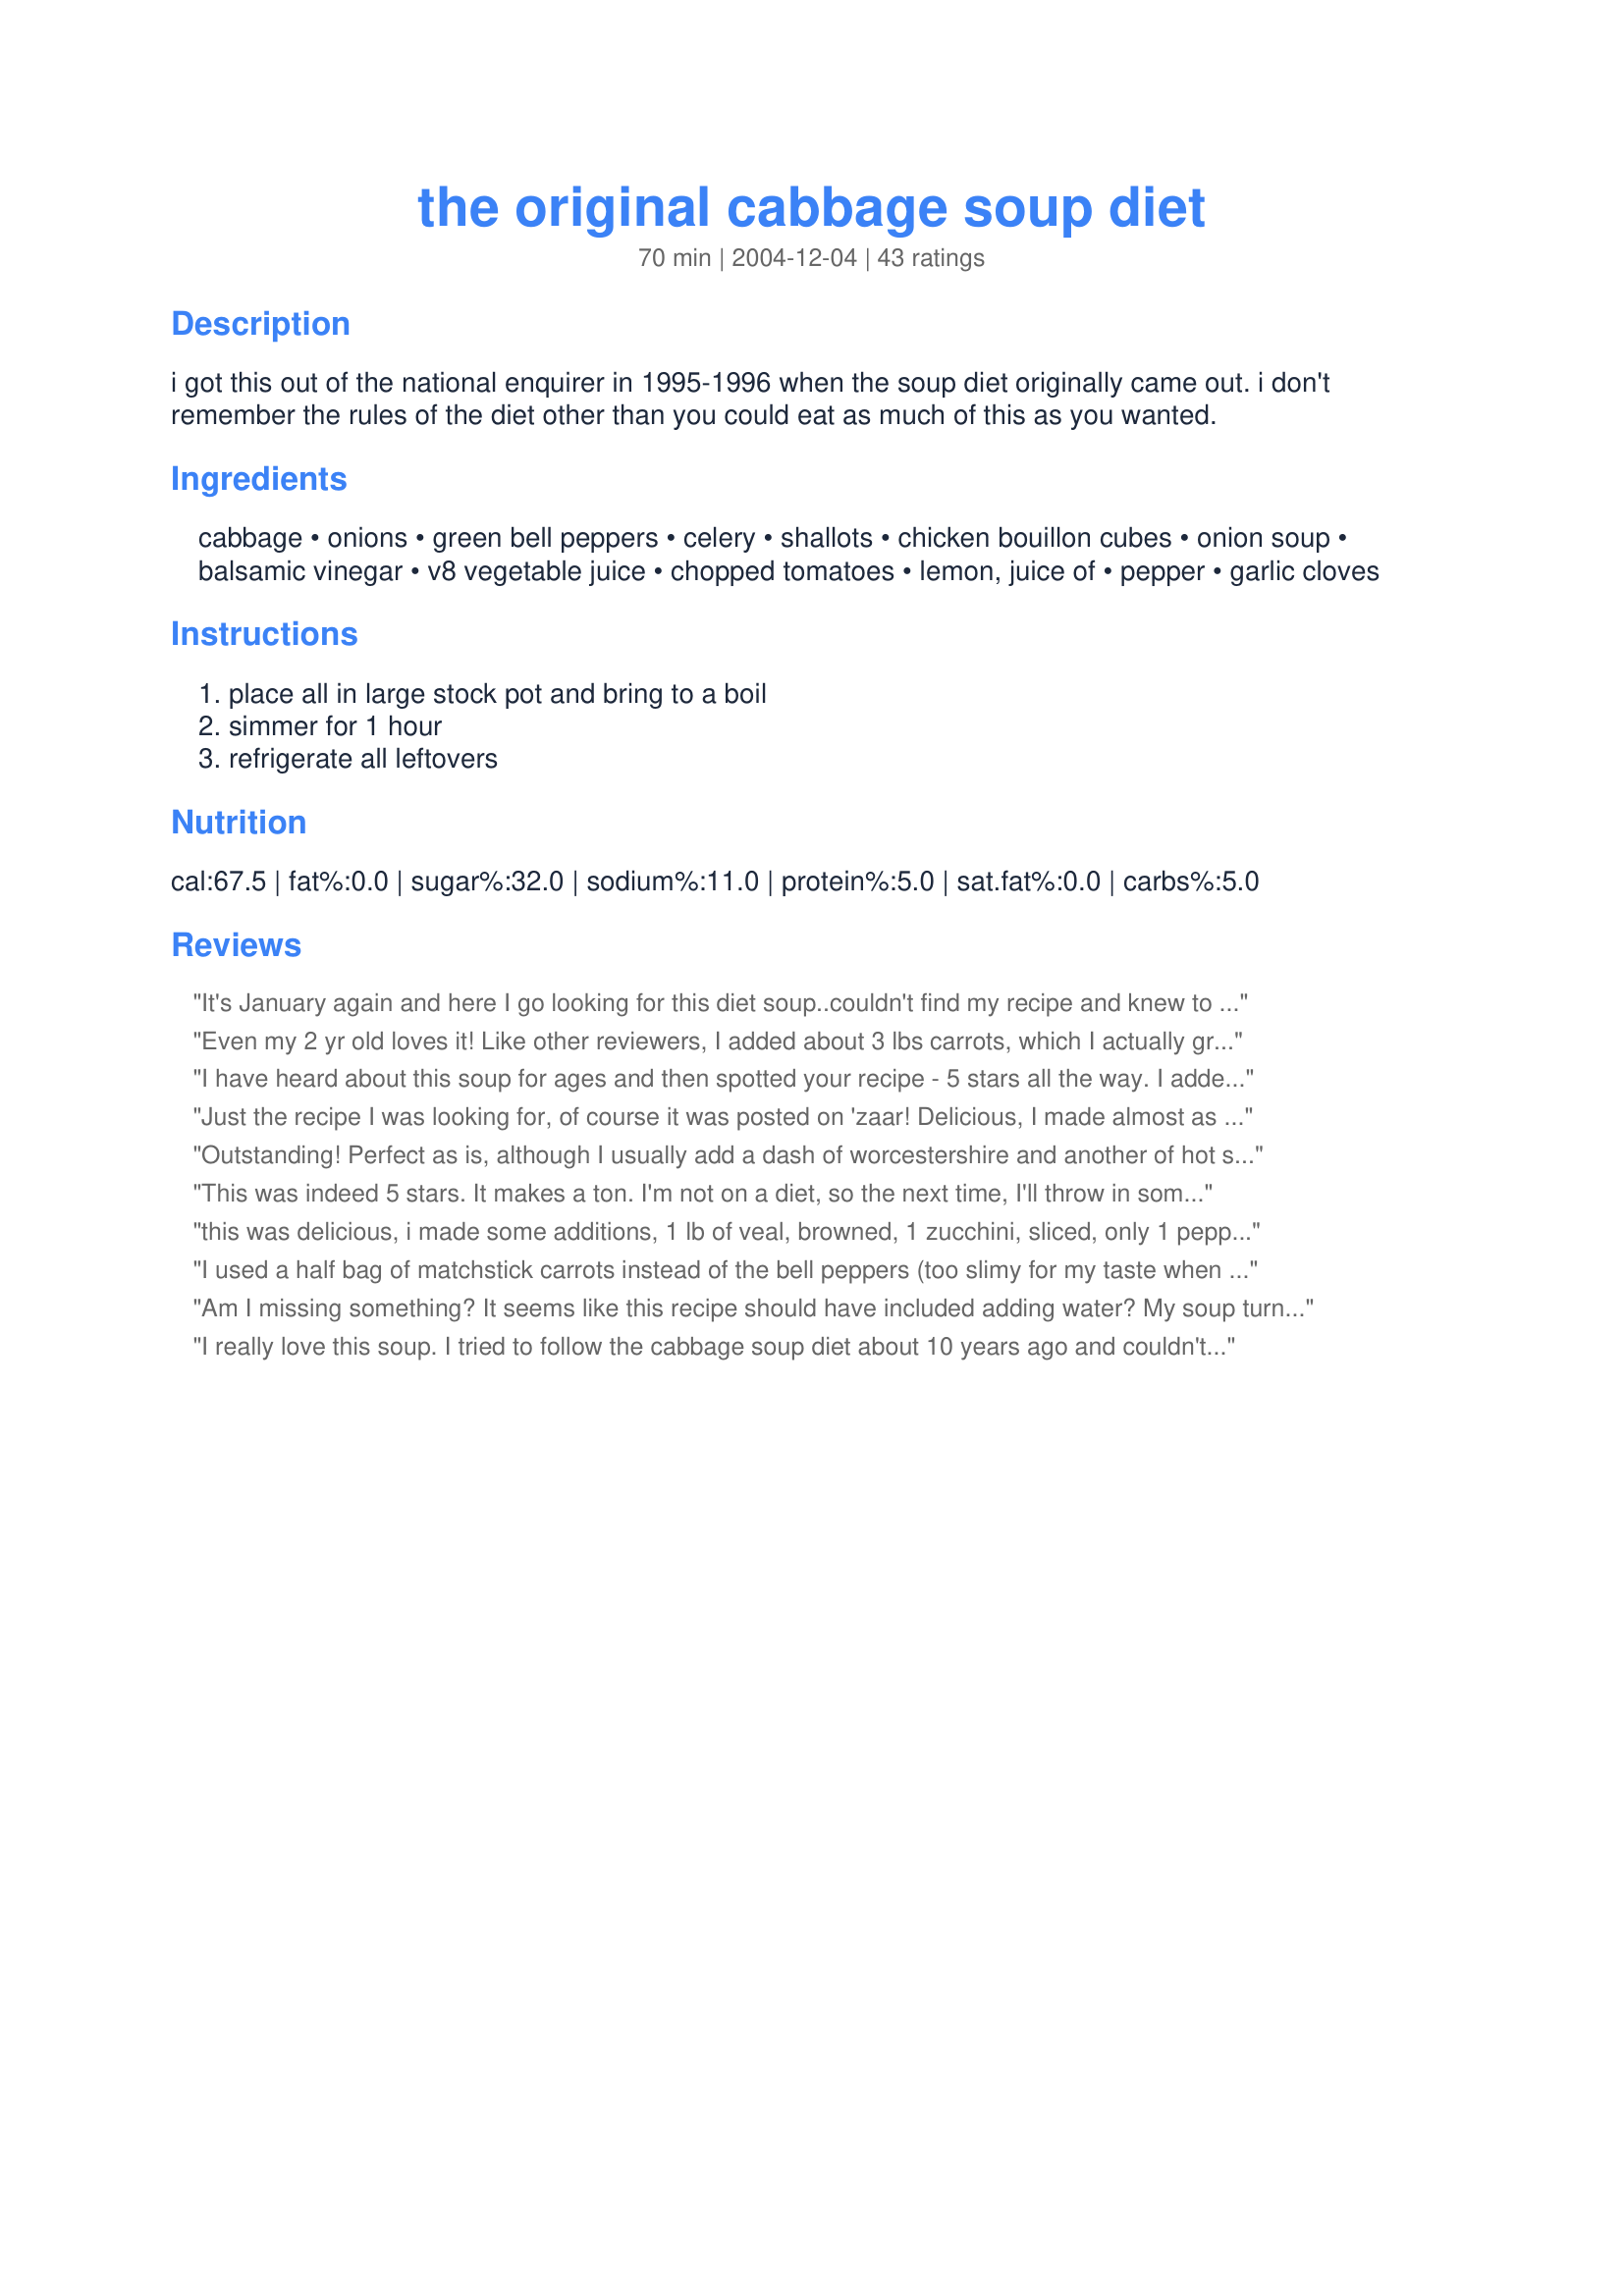
the original cabbage soup diet
Preparation time: 70 minutes

i got this out of the national enquirer in 1995-1996 when the soup diet originally came out. i don't remember the rules of the diet other than you could eat as much of this as you wanted.

Ingredients:
cabbage, onions, green bell peppers, celery, shallots, chicken bouillon cubes, onion soup, balsamic vinegar, v8 vegetable juice, chopped tomatoes, lemon, juice of, pepper, garlic cloves

Steps:
place all in large stock pot and bring to a boil, simmer for 1 hour, refrigerate all leftovers

Reviews:
It's January again and here I go looking for this diet soup..couldn't find my recipe and knew to look here!!! Mine is from the early 60's and much the same as this,the exception being beef bouillon used instead of chicken..I think the balsamic vinegar in this recipe(wish wasn't in mine) would be a great addition to the beef flavor also. Thank so much for posting for safe keeping Spyder-man. BTW you do lose weight on this besides it being so darn good!!!
Even my 2 yr old loves it! Like other reviewers, I added about 3 lbs carrots, which I actually grated to enhance the tomato flavor. Also, this may sound odd, but I added 1 teaspoon of nutmeg and it was delicious! Several tomato based soups my family enjoys call for nutmeg, and I wasn't disappointed when I added it to this one
I have heard about this soup for ages and then spotted your recipe - 5 stars all the way. I added a finely chopped hot pepper. I only made half the recipe and found that it needed 5 cups of water. This is very tasty and on top of that it is healthy Thanks Spyder-man for posting
Just the recipe I was looking for, of course it was posted on 'zaar! Delicious, I made almost as posted, including the balsamic vinegar which was a great addition! I don't have a pot big enough for all these indgredients so I cut it in half. It did not seem to have enough liquid, so I did add water to just about cover the ingredients and it was perfect for the two of us with plenty for leftovers.
Outstanding! Perfect as is, although I usually add a dash of worcestershire and another of hot sauce and puree a serving in my magic bullet so I can drink on the run. I drink it cold...tastes a lot like V8 (duh). I try to keep a batch on hand, not to diet, but because it&#039;s refreshing and sooo good for you! Love this soup!
This was indeed 5 stars. It makes a ton. I'm not on a diet, so the next time, I'll throw in some beef or meat or other unhealthy things too. Maybe I'd throw in a bag of peas or green beans too.
this was delicious, i made some additions, 1 lb of veal, browned, 1 zucchini, sliced, only 1 pepper and 3/4 c brown rice and water- this is a great healthy meal in a mug.i omitted the boullion cubes, it didn't need extra sodium. the balsamic vinegar and juice of 1 lemon gave this great flavor.
I used a half bag of matchstick carrots instead of the bell peppers (too slimy for my taste when cooked) and I did saute the onions with a tablespoon of chili oil. I initially left out the tomatoes and V8 and ate it that way the first day. The second day I added diced tomatoes and V8 along with lots of cayenne to what was left so I had two different soups from it. I found it pretty tasty--much better than I was expecting. Very fast, easy and healthy and used things I typically have on hand so I anticipate I'll make some smaller batches of it in the future.
Am I missing something? It seems like this recipe should have included adding water? My soup turned out more like stew...
I really love this soup. I tried to follow the cabbage soup diet about 10 years ago and couldn't, but I still love the soup. I think that the recipe that I used to have called for a pound of carrots and some green beans. I added them to this recipe. I also followed Bergy's suggestion to add 5 cups of water. It turned out great! It makes a very large batch, but it freezes well. Thanks for finding this recipe for me again. I will be making it often.
I was pleasantly surprised! This is such a great soup, and perfect to suppliment any diet - especially you WW out there! I like spice, so I used Spicy Hot V8, chopped & de-seeded some jalepenos, extra garlic, and then about 12-14 dashes of Tabasco! It's a great pick me up! Thanks for posting!
This cabbage soup is kind of boring, so if you are thinking of dieting, and really want a tasty soup-start with this base minus the peppers as they overwhelming then add cans of beans-black, cannellini, chick peas make it more like minestrone add stock if you need to thin. DELICIOUS! Has better effect for weight loss as it has more fiber and is more filling.
So we did the actual week long diet. . .thanks for the inspiration! We followed it to a &quot;T&quot; and I lost 3 lbs and my hubby lost 6.5 lbs. It was actually an enjoyable diet as I like this soup and because each day they switch it up a bit with veggies or fruit or meat.
Ok, so I switched the balsamic vinegar out for a little apple cider vinegar, the soup mix out for organic turkey and vegetable stocks, ditched the V-8, celery, green peppers and shallots, added peas, mushrooms, potatoes, corn, garbanzo beans, carrots, Parmesan cheese, and a little too much Apothic Red wine - but other than that, it's the same recipe. It was really darn healthy soup.
This is far tastier than I was expecting!! Very easy to make (just a lot of chopping). I used more garlic. After cooking for a bit over an hour, I processed it in batches in my Vita-Mix to make a smooth pureed texture. This recipe will lend itself to lots of variation (i.e. different herbs/spices); I'll be making it a lot!
can you add other vegetables to this and it would still be as good for you? like cauliflower, bok choy, spinach, mushrooms, beets???
I love cabbage soup and I have tried a bunch of recipes and this one is definatly on the top. I didnt use all of the onions it calls for or the balsamic vinegar. Also, I don't know if I will put the lemon juice in next time, but there will be a next time.
I ask about the water how much you put for the soup
At first I would have given this 4 stars, then I ate some more the next day - tasted much better after a day. I'm not following the "cabbage soup diet" but needed something healthy after the thanksgiving holiday. This made enough for me to eat for a week!
I did this diet when it came out. it was the Lahey Clinic diet and I lost weight. The first day was all fruit, then all veggies, then both. day four was bananas and roast beef but I forget how much and can't remember the rest. if anyone finds please let me know the link.
dont you put water in it
I was skeptical, but this really is great! I wanted to add carrots, but stopped myself, thinking there must be a dietary reason for their absence (too much starch and sugar?). I used Spicy V-8 and followed monday night gal's suggestion, adding nutmeg (and ginger and savory). Very tasty "diet medicine"! Thank you for posting the original recipe, Spyder-man.
Yum! I varied some of the amounts (less onion, less canned tomato, added some carrots), and I made it in the crock pot. It's really good! Especially with a little bit of hot sauce mixed in - I like a few drops of sriracha. I always want to eat light lunches during the holidays, to keep from gaining too much weight, but who wants to eat salads in the middle of winter?? This soup is great for this time of year, and so inexpensive, too.
Great recipe! Makes a very large pot.... I put it in individual containers for ease of heating up throughout the week for lunch and dinner. I omitted the bell peppers and only added a couple onions. Making it again this week and using low sodium tomatoes and V8.
This was great! It does make alot so after couple days of eating it as cabbage soup I added tiny clams, bacon and tiny diced potatoes to make it a Manhatten Clam Chowder. It was fantastic. A good base eaten as is or add your own ingredients and create another soup.
Can you leave out the onions?
I've made this a couple times now. We really like garlic, so I added 2 heads and also added an extra head of cabbage since we really like it. He likes food with a bite, so this last time we added some cayenne pepper, I didn't care for the cayenne. I prefer chicken base over bouillon cubes and it worked really well. This really makes a lot and it freezes well. As some others said, there isn't much broth so I increased the V8. This is really filling and tastes great. It'll become a winter staple at our house.
Absolutely delicious all healthy ingredients I recomend it to clear system
Be careful of what you add to this recipe as you may defeat the purpose of it. Carrots have a lot of sugar. 3 pounds of carrots equals the sugar found in a 20 oz can of coke. 2lbs.8oz of carrots equals the amount of sugar in a snickers bar. If you want to add flavour add fresh herbs.
It&#039;s probably pretty good, but I hate to break it to you that the &#039;original&#039; diet cabbage soup is from ...lemme see....40 years ago? We lived around the corner from Mrs. Gooch&#039;s in WLA. I was &#039;chubby&#039; as a child and was subjected to all kinds of holistic/health food diets. Yes, &#039;subjected&#039;. Try eating nothing but apples for 3 days followed by an 8th of a cup of olive oil and lemon juice! UCK. &lt;br/&gt;In any event, the original base was just that. Cabbage. Now I realize it&#039;s more like a mirepoix with tomatoes added. 4 ingredients plus salt. Cabbage, whole stewed tomatoes, celery and onion. &lt;br/&gt;That said, then we&#039;d add a tiny bit of this or that if desired. My mom was one of those that didn&#039;t know the beauty of herbs and spices for flavoring. So it was purely by accident that we came across using parmigiana cheese. &lt;br/&gt;I agree that carrots would be a tad sweet, at least for my palate. Bell peppers sound great. I&#039;m also going to try some parsley. Plus now I add garlic as well. I&#039;m in the process of cooking up a batch at this moment. I&#039;m guessing from the ingredients it will be at least a 4 star soup!
Gr8
I was so lerry that this soup might be too acidic but much to my surprise, it was good. The balsamic vinegar was great. I only used one large onion....should I have really used 6 onions AND the bunch of green onions? I'll definitely make it again and I think I'll try roasting the veggies too before I add them to the soup. My husband liked it too even though he knew I made it as a way to drastically reduce my caloric intake.
This is the best soup ever! I remember eating it back when I was younger when my mom was trying to lose weight and I thought it was sooo good then! I use hardly any balsamic though as it makes it way too tangy for my taste, but a tablespoon or two gives it a nice flavor. We usually have this soup on hand since the recipe makes so much that we'll freeze a bunch of it. And it freezes very well! Once we run out we'll end up making another batch a week or two later. Thanks for finding this and posting!
This was a great low calorie soup and a great way to help with weight loss. Thanx for the addition to my recipe file.
Friends...my husband &amp; I just finished our second bout of the Cabbage Soup Diet. I must report our findings. I believe that this diet is not for every body (and yes, I meant to say every body). If your body is accustomed to a high-healthy-fat diet like the Mediterranean Diet, this may not be for you. This diet does not give you enough healthy fats. We now feel bloated and in a mental fog, plus, gassy and constipated (sorry...TMI). This diet is best for those who have a lot of carbs, sugar, diary and bread in their diet. This would be a great cleansing for you. For others whose bodies are looking for healthy fats, you may not fare as well. Sorry to report this!!!
I switched his up a bit and roasted 2 green and red bell peppers, a container of diced mushrooms and 2 large onions and 2 cloves of garlic (finely chopped) with some salt and pepper in a 425 degree oven for 20 minutes. Then I combined 2 cans of Muir Glen fire roasted crushed tomatoes with the remaining ingredients in a large stock pot to warm through before adding the roasted veggies and Spicy V8 (love my spicy stuff) and simmered for the time stated. I squeezed the lemon juice at the end of the cooking time and ate 2 huge bowls. Yummy! I think the balsamic vinegar and lemon are such a great addition to the original recipe. Thanks for posting this "oldie, but goodie."
Very good! I only had two onions and no bouillon or onion soup and it still turned out great. If anyone is looking for the 7-day eating plan you can get it at http://www.cabbage-soup-diet.com/eating-plan.html

Thanks for posting, I hoping this will help take off my last 5 baby pounds!
I really liked this! I used one can of diceds tomatoes and one of crushed tomatoes with basil, I also only used 4 onions. Thanks for posting this!
This was delicious. I cna't believe how much soup this made. I had to transfer the soup to a larger stock pot. I was glad I had one. I froze half of the recipe. I took a serving out for lunch and it does freeze beautifuly. Thank you Spyder-man for such a delicious and healthy recipe.
Good recipe, however I think I will cut the balsamic vinegar in half, it was a bit too tangy. Only thing I did different was add a cup of corn. It simmered for about an hour and the veggies were just tender but still firm. Thanks for a good rainy day soup recipe!
This will be i first time making the soup.
I followed the diet to the letter for 7 days and lost 17 pounds, It does work. It's a little boreing but if you can handle it is worth it.
Pretty Tasty! I added some peas, corn, carrots, and lima beans to mine along with the rest of the veggies. i also added some beef broth and a little cayenne jalapeno hot sauce for some kick. Turned out pretty good.
